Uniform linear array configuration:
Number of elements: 16
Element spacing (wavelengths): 0.5
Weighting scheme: binomial
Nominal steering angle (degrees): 30
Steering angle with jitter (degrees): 31.754
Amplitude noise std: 0.05
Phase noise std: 0.05

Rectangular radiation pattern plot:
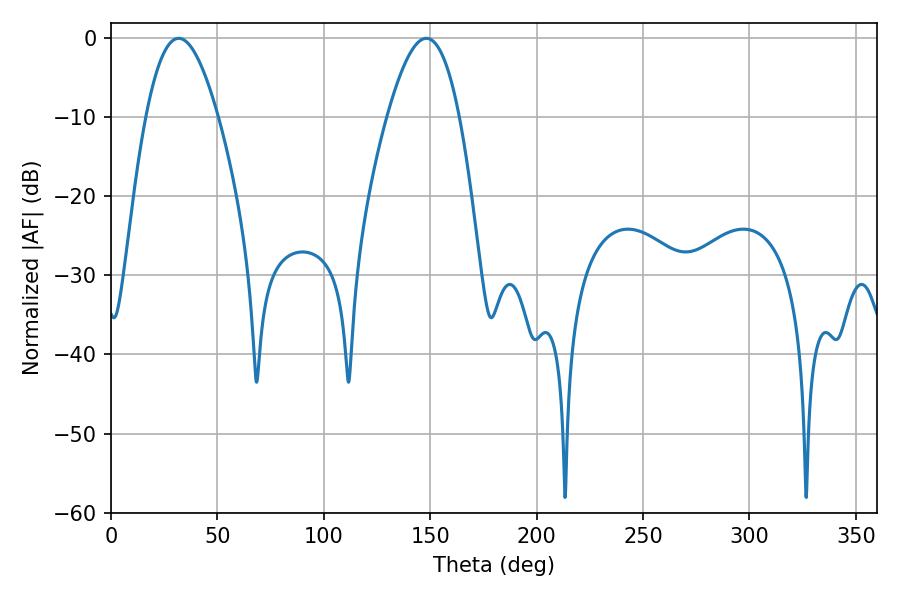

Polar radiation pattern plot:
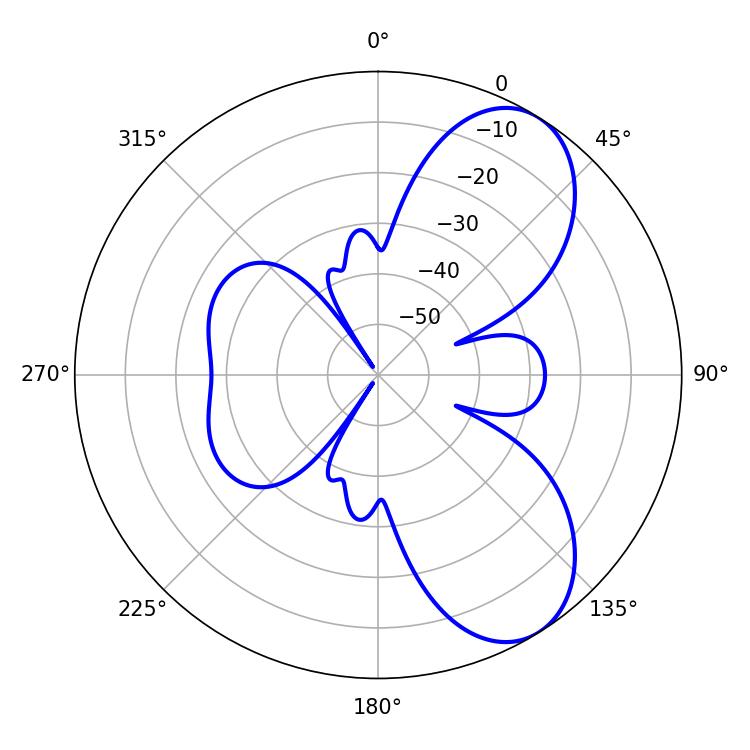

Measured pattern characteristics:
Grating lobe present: FALSE
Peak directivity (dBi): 7.342
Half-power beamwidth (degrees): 18.54
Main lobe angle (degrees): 31.86